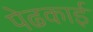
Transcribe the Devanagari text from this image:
पेढकाई